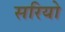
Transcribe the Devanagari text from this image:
सरियो